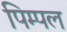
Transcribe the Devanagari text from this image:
पिम्पल